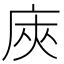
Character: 𢈙